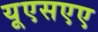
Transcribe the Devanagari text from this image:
यूएसएए